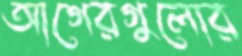
আগেরগুলোর